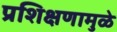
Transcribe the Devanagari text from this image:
प्रशिक्षणामुळे